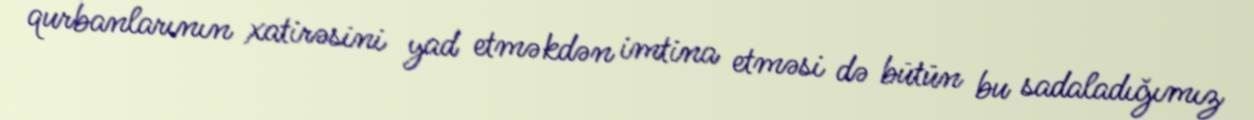
qurbanlarının xatirəsini yad etməkdən imtina etməsi də bütün bu sadaladığımız